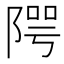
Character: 𨺨